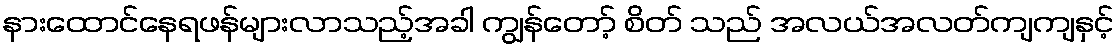
နားထောင်နေရဖန်များလာသည့်အခါ ကျွန်တော့် စိတ် သည် အလယ်အလတ်ကျကျနှင့်